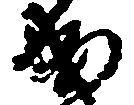
成